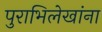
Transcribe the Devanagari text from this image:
पुराभिलेखांना